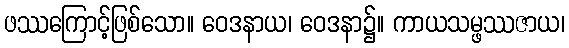
ဖဿကြောင့်ဖြစ်သော။ ဝေဒနာယ၊ ဝေဒနာ၌။ ကာယသမ္ဖဿဇာယ၊